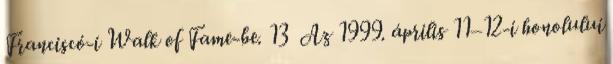
Franciscó-i Walk of Fame-be. 13 Az 1999. április 11–12-i honolului